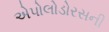
એપોલોડોરસની